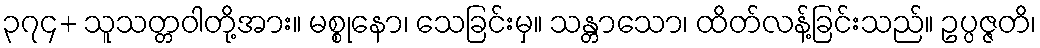
၃၇၄+ သူသတ္တဝါတို့အား။ မစ္စုနော၊ သေခြင်းမှ။ သန္တာသော၊ ထိတ်လန့်ခြင်းသည်။ ဥပ္ပဇ္ဇတိ၊